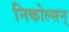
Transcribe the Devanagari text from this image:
निकोल्सन्‌